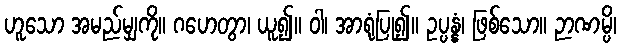
ဟူသော အမည်မျှကို။ ဂဟေတွာ၊ ယူ၍။ ဝါ၊ အာရုံပြု၍။ ဥပ္ပန္နံ၊ ဖြစ်သော။ ဉာဏမ္ပိ၊